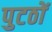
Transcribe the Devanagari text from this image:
पुटठों